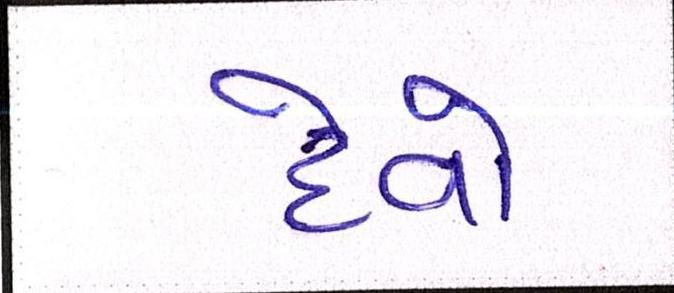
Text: દેવો